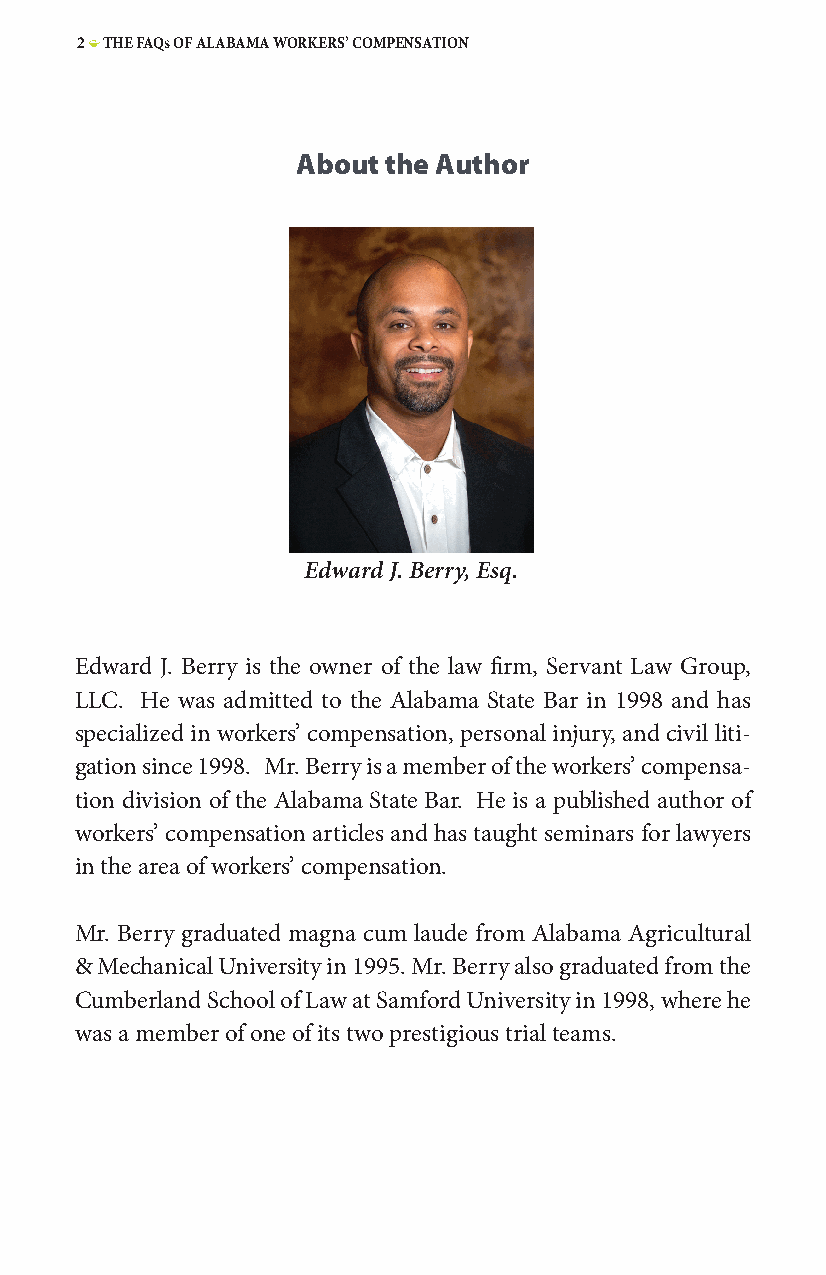
2 • THE FAQs OF ALABAMA WORKERS’ COMPENSATION
 About the Author
 Edward J. Berry, Esq.
 Edward J. Berry is the owner of the law firm, Servant Law Group,
 LLC. He was admitted to the Alabama State Bar in 1998 and has
 specialized in workers’ compensation, personal injury, and civil liti-
 gation since 1998. Mr. Berry is a member of the workers’ compensa-
 tion division of the Alabama State Bar. He is a published author of
 workers’ compensation articles and has taught seminars for lawyers
 in the area of workers’ compensation.
 Mr. Berry graduated magna cum laude from Alabama Agricultural
 & Mechanical University in 1995. Mr. Berry also graduated from the
 Cumberland School of Law at Samford University in 1998, where he
 was a member of one of its two prestigious trial teams.